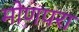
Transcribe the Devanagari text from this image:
मोणपरा